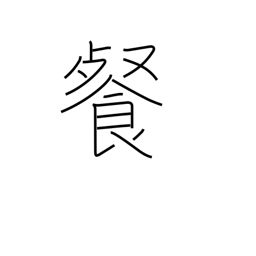
Meaning: swallow